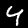
Label: 4